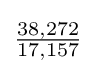
{\tfrac {38,272}{17,157}}